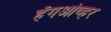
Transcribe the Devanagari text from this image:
हँगओव्हर